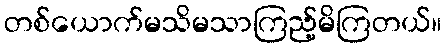
တစ်ယောက်မသိမသာကြည့်မိကြတယ်။